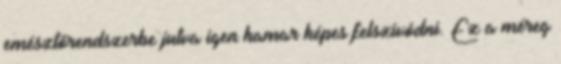
emésztőrendszerbe jutva igen hamar képes felszívódni. Ez a méreg